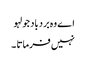
اے وہ بردباد جو لہو
نہیں فرماتا ۔